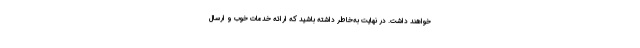
خواهند داشت. در نهایت به‌خاطر داشته باشید که ارائه خدمات خوب و ارسال